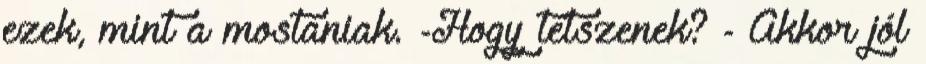
ezek, mint a mostaniak. -Hogy tetszenek? - Akkor jól